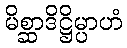
မိစ္ဆာဒိဋ္ဌိမ္ပာဟံ